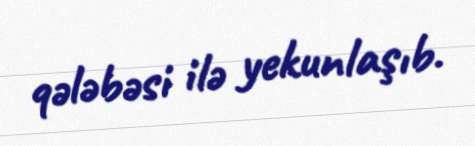
qələbəsi ilə yekunlaşıb.